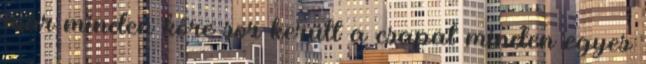
már minden kőre sor került a csapat minden egyes